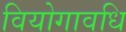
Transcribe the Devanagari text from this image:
वियोगावधि